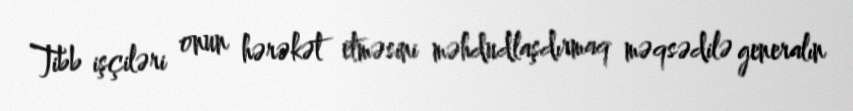
Tibb işçiləri onun hərəkət etməsini məhdudlaşdırmaq məqsədilə generalın